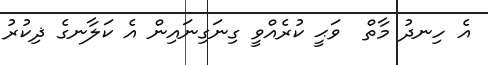
އެ ހިނދު މާތް  ވަޙީ ކުރެއްވީ ގިނަގިނައިން އެ ކަލާނގެ ޛިކުރު